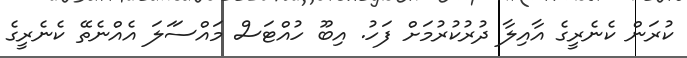
ކުރަން ކެނެރީގެ އާއިލާ ދުރުކުރުމަށް ފަހު. އިބޫ ހުއްޓަސް މައްސަަލަ އެއްނެތޭ ކެނެރީގެ